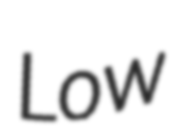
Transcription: Low